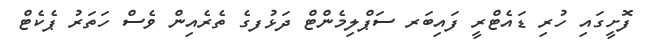
ފޮށީގައި ހުރި ޑައެޓްރީ ފައިބަރ ސަޕްލިމެންޓް ދަޅުފގެ ތެރެއިން ވެސް ހަތަރު ޕެކެޓް